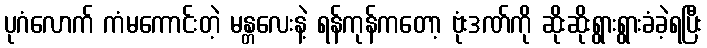
ပုဂံလောက် ကံမကောင်းတဲ့ မန္တလေးနဲ့ ရန်ကုန်ကတော့ ဗုံးဒဏ်ကို ဆိုးဆိုးရွားရွားခံခဲ့ရပြီး